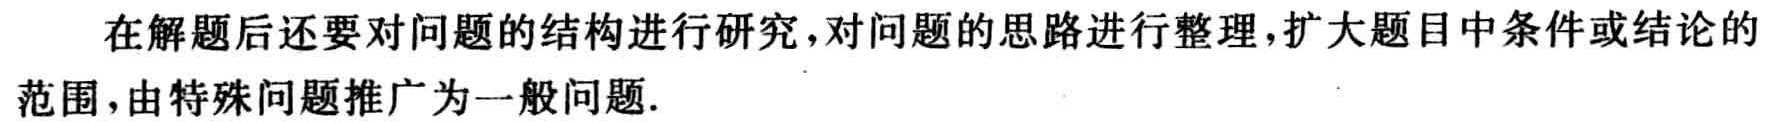
在解题后还要对问题的结构进行研究，对问题的思路进行整理，扩大题目中条件或结论的范围，由特殊问题推广为一般问题.